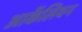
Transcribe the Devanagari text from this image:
आर्केलियन